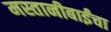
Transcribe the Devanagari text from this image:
मस्तानीबाईंचा